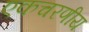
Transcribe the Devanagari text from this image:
एकचरणीय